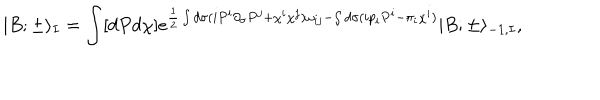
LaTeX: | B ; \pm \rangle _ { I } = \int [ d P d \chi ] e ^ { \frac { 1 } { 2 } \int d \sigma ( i P ^ { i } \partial _ { \sigma } P ^ { j } + \chi ^ { i } \chi ^ { j } ) \omega _ { i j } - \int d \sigma ( i p _ { i } P ^ { i } - \pi _ { i } \chi ^ { i } ) } | B ; \pm \rangle _ { - 1 , I } ,